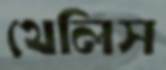
থেলিস